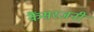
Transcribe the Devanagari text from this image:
कैंसरजनी